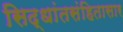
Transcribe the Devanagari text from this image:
सिद्धांतसंहितासार